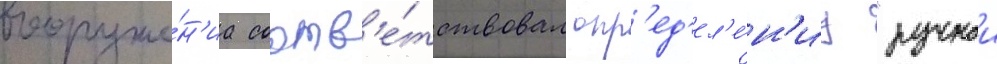
вооруже́н'иа соотв'е́тствовал опр'ед'ел'е́н'иу "ручнои